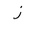
Letter: _zay